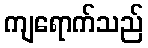
ကျရောက်သည်